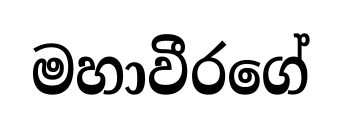
මහාවීරගේ